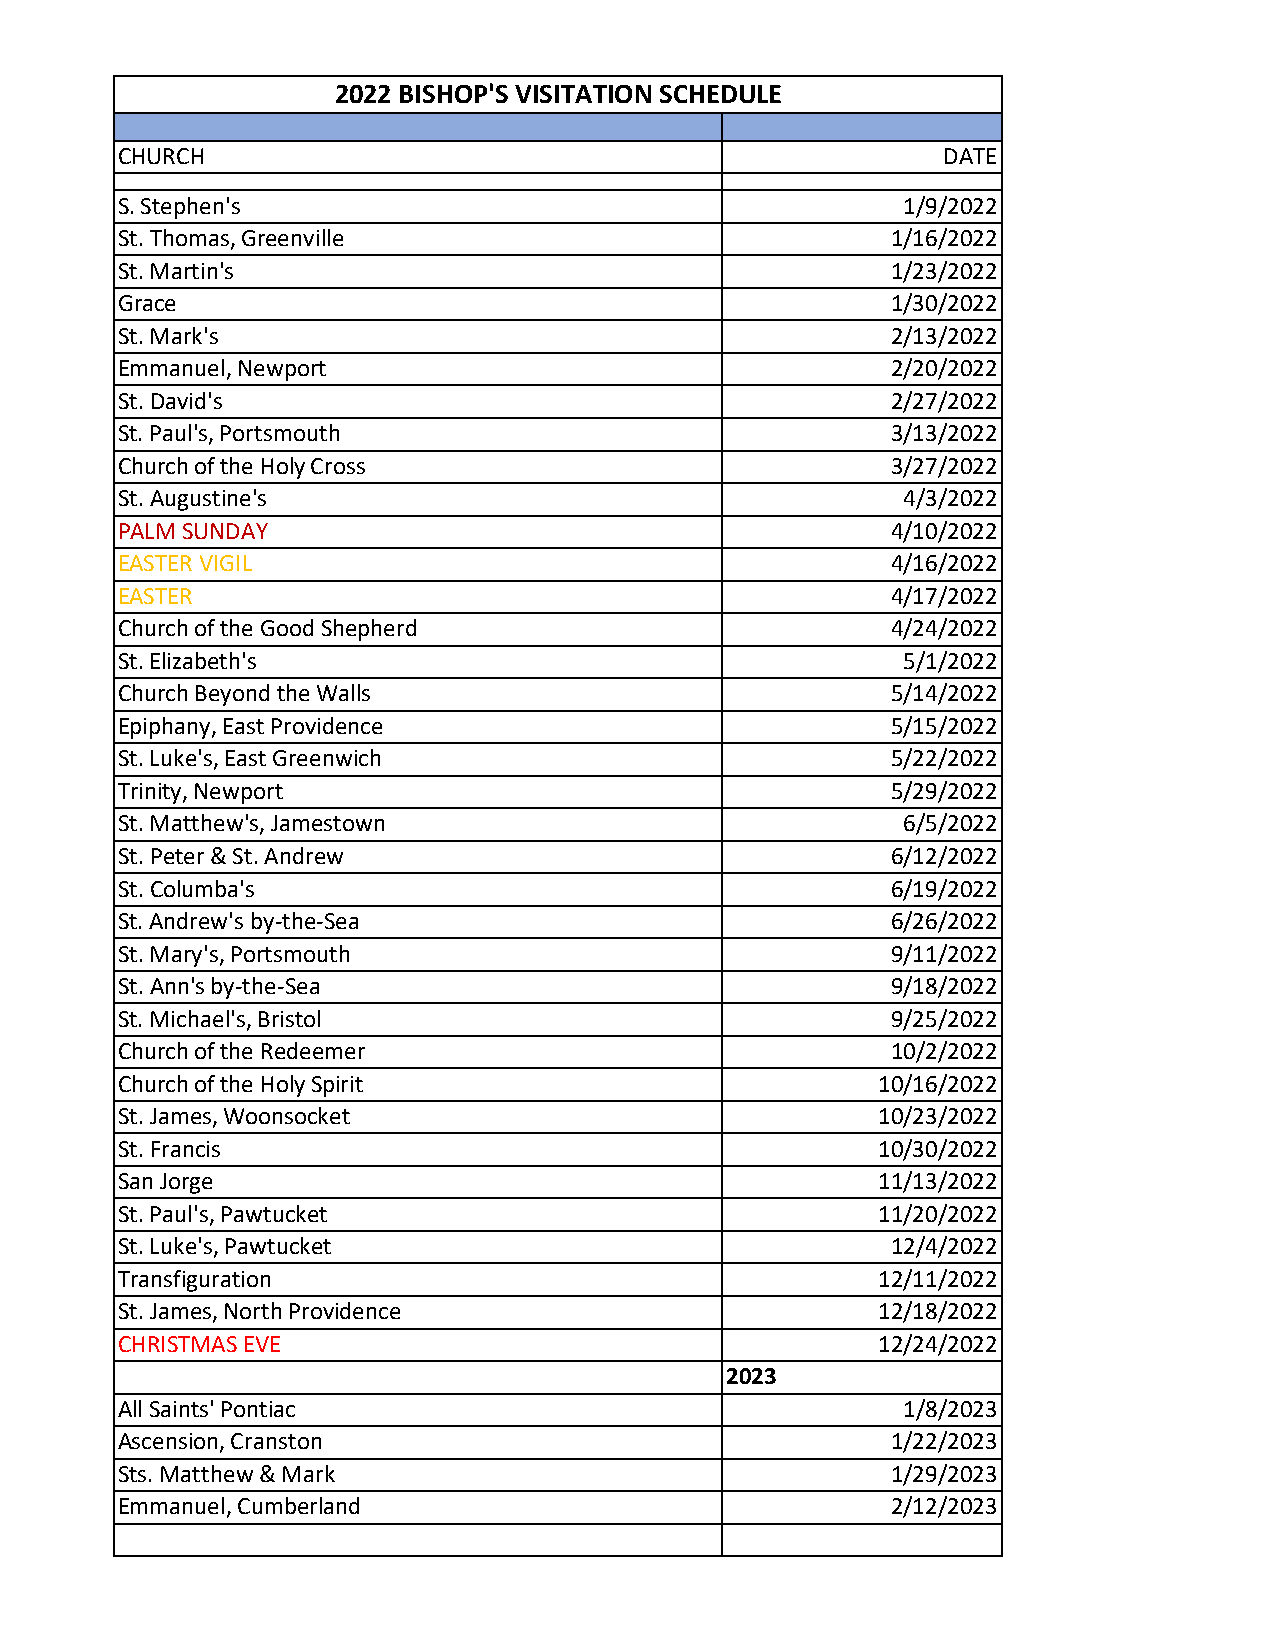
2022 BISHOP'S VISITATION SCHEDULE
 CHURCH                                                 DATE
 S. Stephen's                                        1/9/2022
 St. Thomas, Greenville                             1/16/2022
 St. Martin's                                       1/23/2022
 Grace                                              1/30/2022
 St. Mark's                                         2/13/2022
 Emmanuel, Newport                                  2/20/2022
 St. David's                                        2/27/2022
 St. Paul's, Portsmouth                             3/13/2022
 Church of the Holy Cross                           3/27/2022
 St. Augustine's                                     4/3/2022
 PALM SUNDAY                                        4/10/2022
 EASTER VIGIL                                       4/16/2022
 EASTER                                             4/17/2022
 Church of the Good Shepherd                        4/24/2022
 St. Elizabeth's                                     5/1/2022
 Church Beyond the Walls                            5/14/2022
 Epiphany, East Providence                          5/15/2022
 St. Luke's, East Greenwich                         5/22/2022
 Trinity, Newport                                   5/29/2022
 St. Matthew's, Jamestown                            6/5/2022
 St. Peter & St. Andrew                             6/12/2022
 St. Columba's                                      6/19/2022
 St. Andrew's by-the-Sea                            6/26/2022
 St. Mary's, Portsmouth                             9/11/2022
 St. Ann's by-the-Sea                               9/18/2022
 St. Michael's, Bristol                             9/25/2022
 Church of the Redeemer                             10/2/2022
 Church of the Holy Spirit                         10/16/2022
 St. James, Woonsocket                             10/23/2022
 St. Francis                                       10/30/2022
 San Jorge                                         11/13/2022
 St. Paul's, Pawtucket                             11/20/2022
 St. Luke's, Pawtucket                              12/4/2022
 Transfiguration                                   12/11/2022
 St. James, North Providence                       12/18/2022
 CHRISTMAS EVE                                     12/24/2022
 2023
 All Saints' Pontiac                                 1/8/2023
 Ascension, Cranston                                1/22/2023
 Sts. Matthew & Mark                                1/29/2023
 Emmanuel, Cumberland                               2/12/2023